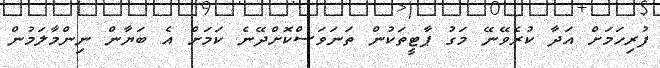
ފުރިހަމަށް އަދާ ކުރެވޭނޭ މަގު ޕާޓީތަކުން ތަނަވަސްކޮށްދޭނެ ކަމަށް އެ ބަޔާން ނިންމާލަމުން